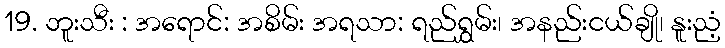
19. ဘူးသီး : အရောင်: အစိမ်း အရသာ: ရည်ရွှမ်း၊ အနည်းငယ်ချို၊ နူးညံ့